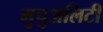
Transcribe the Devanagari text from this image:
मुचुअलिटी